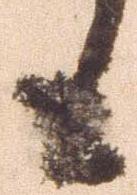
も